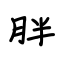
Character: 胖